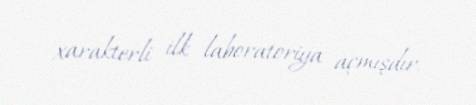
xarakterli ilk laboratoriya açmışdır.